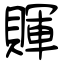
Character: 賱